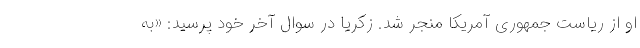
او از ریاست جمهوری آمریکا منجر شد. زکریا در سوال آخر خود پرسید: «به